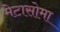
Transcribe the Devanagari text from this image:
मेटासोमा